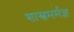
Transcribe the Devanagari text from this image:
शास्त्रमर्मज्ञ